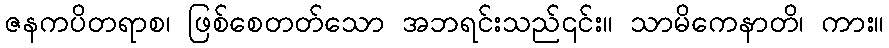
ဇနကပိတရာစ၊ ဖြစ်စေတတ်သော အဘရင်းသည်၎င်း။ သာမိကေနာတိ၊ ကား။